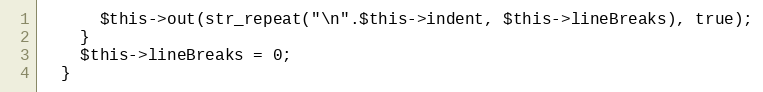
Language: PHP
      $this->out(str_repeat("\n".$this->indent, $this->lineBreaks), true);
    }
    $this->lineBreaks = 0;
  }